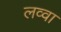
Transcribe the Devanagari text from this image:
लव्वा